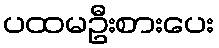
ပထမဦးစားပေး